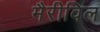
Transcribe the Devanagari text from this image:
मैरीविल